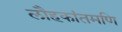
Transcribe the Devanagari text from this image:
लौहकांतमणि